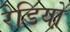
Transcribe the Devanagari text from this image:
रेडियो़